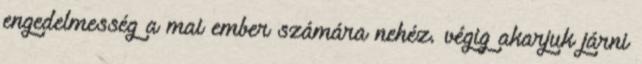
engedelmesség a mai ember számára nehéz. végig akarjuk járni